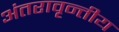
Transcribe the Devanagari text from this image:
अंतरावृन्तीय